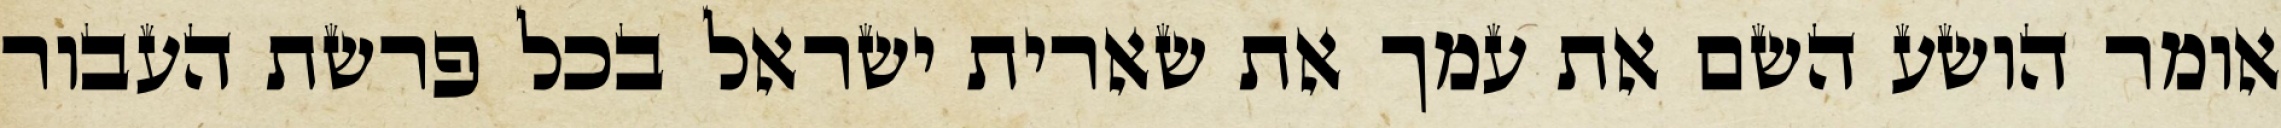
אומר הושע השם את עמך את שארית ישראל בכל פרשת העבור